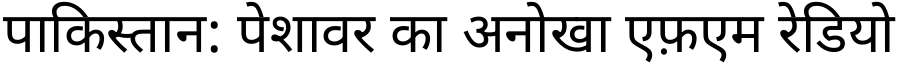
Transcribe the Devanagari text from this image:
पाकिस्तान: पेशावर का अनोखा एफ़एम रेडियो